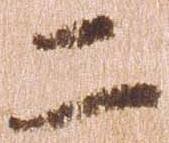
二